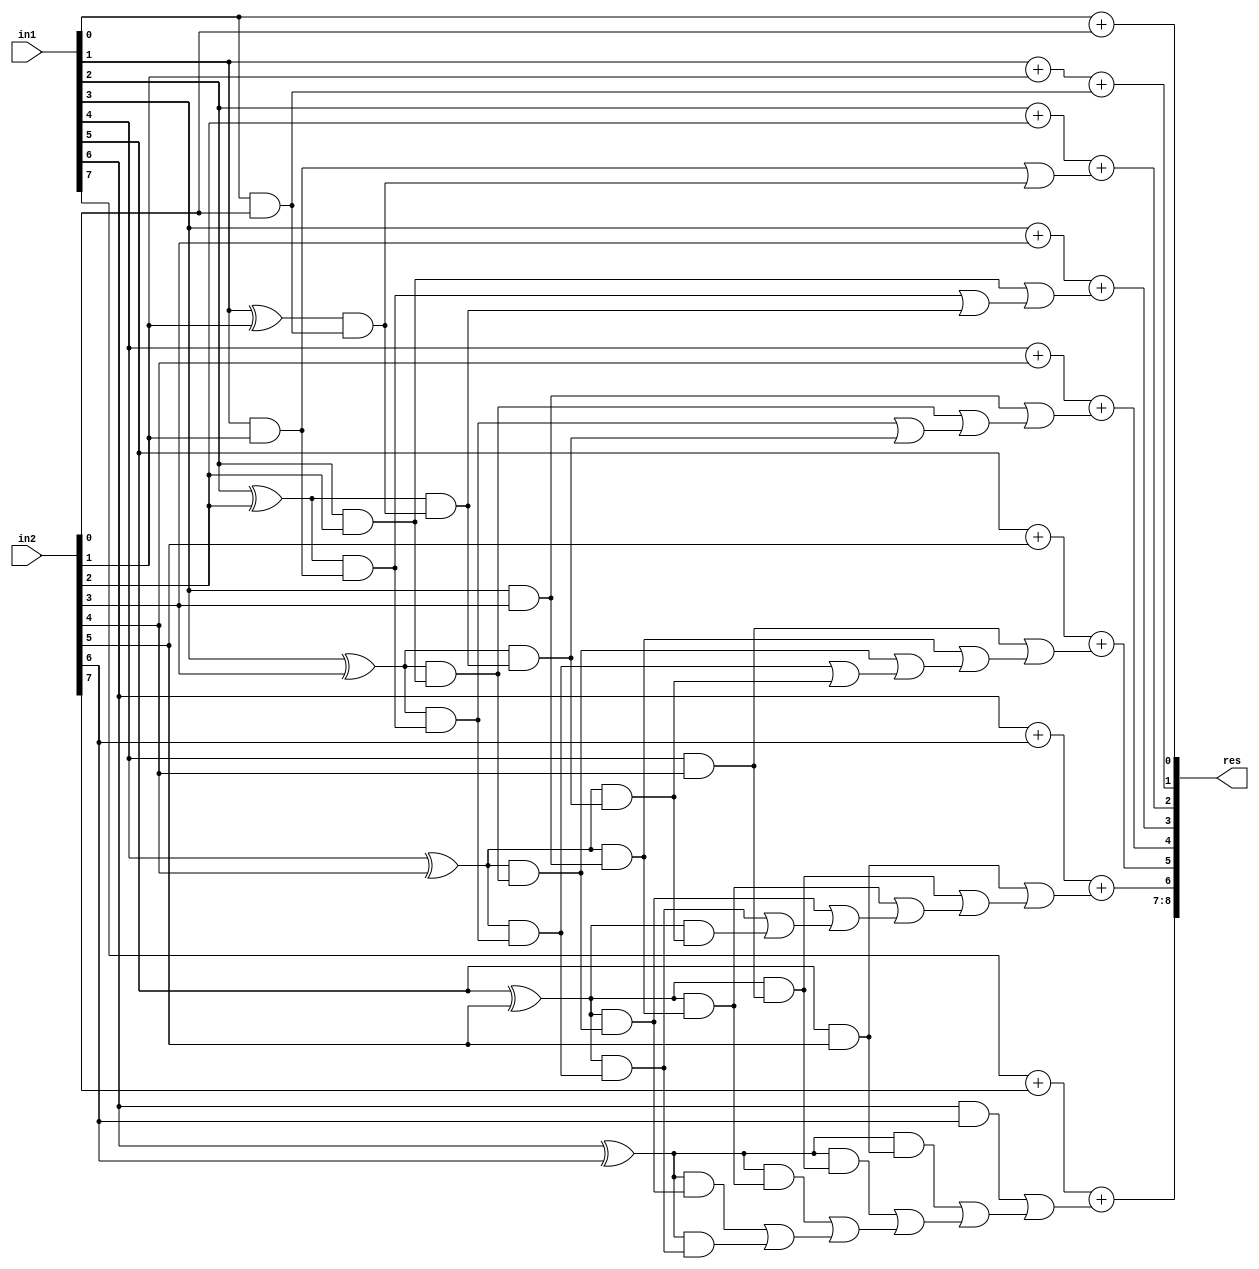
module GDA_St_N8_M8_P6(
    input  [7:0] in1,
    input  [7:0] in2,
    output [8:0] res
    );

wire [2:0] 	temp1, temp2, temp3, temp4, temp5, temp6, temp7, temp8;
wire  		p0,p1,p2,p3,p4,p5,p6,g0,g1,g2,g3,g4,g5,g6,c1,c2,c3,c4,c5,c6,c7;
wire			p1c1,p2c2,p3c3,p4c4,p5c5,p6c6,p2p1c1,p3p2c2,p4p3c3,p5p4c4,p6p5c5,p3p2p1c1,p4p3p2c2,p4p3p2p1c1,p5p4p3c3,p5p4p3p2c2,p5p4p3p2p1c1;
wire			p6p5p4c4,p6p5p4p3c3,p6p5p4p3p2c2;
wire 			carry_pred_1,carry_pred_2,carry_pred_3,carry_pred_4,carry_pred_5,carry_pred_6;
wire 			carry_pred_2_1;
wire 			carry_pred_3_1,carry_pred_3_2;
wire 			carry_pred_4_1,carry_pred_4_2,carry_pred_4_3;
wire 			carry_pred_5_1,carry_pred_5_2,carry_pred_5_3,carry_pred_5_4;
wire 			carry_pred_6_2,carry_pred_6_3,carry_pred_6_4,carry_pred_6_5;

and and_0(g0,in1[0],in2[0]);
and and_1(g1,in1[1],in2[1]);
and and_2(g2,in1[2],in2[2]);
and and_3(g3,in1[3],in2[3]);
and and_4(g4,in1[4],in2[4]);
and and_5(g5,in1[5],in2[5]);
and and_6(g6,in1[6],in2[6]);

xor xor_0(p0,in1[0],in2[0]);
xor xor_1(p1,in1[1],in2[1]);
xor xor_2(p2,in1[2],in2[2]);
xor xor_3(p3,in1[3],in2[3]);
xor xor_4(p4,in1[4],in2[4]);
xor xor_5(p5,in1[5],in2[5]);
xor xor_6(p6,in1[6],in2[6]);

assign c1 = g0;

assign c2 = g1;
and and_7(p1c1,p1,c1);
or or_0(carry_pred_1,c2,p1c1);

assign c3 = g2;
and and_8(p2c2,p2,c2);
and and_9(p2p1c1,p2,p1c1);
or or_1(carry_pred_2_1,p2c2,p2p1c1);
or or_2(carry_pred_2,c3,carry_pred_2_1);

assign c4 = g3;
and and_10(p3c3,p3,c3);
and and_11(p3p2c2,p3,p2c2);
and and_12(p3p2p1c1,p3,p2p1c1);
or or_3(carry_pred_3_1,p3p2c2,p3p2p1c1);
or or_4(carry_pred_3_2,p3c3,carry_pred_3_1);
or or_5(carry_pred_3,c4,carry_pred_3_2);

assign c5 = g4;
and and_13(p4c4,p4,c4);
and and_14(p4p3c3,p4,p3c3);
and and_15(p4p3p2c2,p4,p3p2c2);
and and_16(p4p3p2p1c1,p4,p3p2p1c1);
or or_6(carry_pred_4_1,p4p3p2c2,p4p3p2p1c1);
or or_7(carry_pred_4_2,p4p3c3,carry_pred_4_1);
or or_8(carry_pred_4_3,p4c4,carry_pred_4_2);
or or_9(carry_pred_4,c5,carry_pred_4_3);

assign c6 = g5;
and and_17(p5c5,p5,c5);
and and_18(p5p4c4,p5,p4c4);
and and_19(p5p4p3c3,p5,p4p3c3);
and and_20(p5p4p3p2c2,p5,p4p3p2c2);
and and_21(p5p4p3p2p1c1,p5,p4p3p2p1c1);
or or_10(carry_pred_5_1,p5p4p3p2c2,p5p4p3p2p1c1);
or or_11(carry_pred_5_2,p5p4p3c3,carry_pred_5_1);
or or_12(carry_pred_5_3,p5p4c4,carry_pred_5_2);
or or_13(carry_pred_5_4,p5c5,carry_pred_5_3);
or or_14(carry_pred_5,c6,carry_pred_5_4);

assign c7 = g6;
and and_22(p6c6,p6,c6);
and and_23(p6p5c5,p6,p5c5);
and and_24(p6p5p4c4,p6,p5p4c4);
and and_25(p6p5p4p3c3,p6,p5p4p3c3);
and and_26(p6p5p4p3p2c2,p6,p5p4p3p2c2);
or or_16(carry_pred_6_2,p6p5p4p3c3,p6p5p4p3p2c2);
or or_17(carry_pred_6_3,p6p5p4c4,carry_pred_6_2);
or or_18(carry_pred_6_4,p6p5c5,carry_pred_6_3);
or or_19(carry_pred_6_5,p6c6,carry_pred_6_4);
or or_20(carry_pred_6,c7,carry_pred_6_5);

// Results

assign temp1[1:0] = in1[0] + in2[0];
assign temp2[1:0] = in1[1] + in2[1] + c1;
assign temp3[1:0] = in1[2] + in2[2] + carry_pred_1;
assign temp4[1:0] = in1[3] + in2[3] + carry_pred_2;
assign temp5[1:0] = in1[4] + in2[4] + carry_pred_3;
assign temp6[1:0] = in1[5] + in2[5] + carry_pred_4;
assign temp7[1:0] = in1[6] + in2[6] + carry_pred_5;
assign temp8[1:0] = in1[7] + in2[7] + carry_pred_6;
assign res[8:0] = {temp8[1:0],temp7[0],temp6[0],temp5[0],temp4[0],temp3[0],temp2[0],temp1[0]};

endmodule